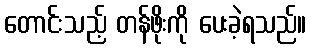
တောင်းသည့် တန်ဖိုးကို ပေးခဲ့ရသည်။